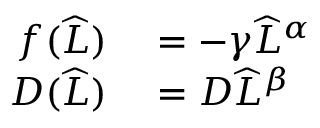
\begin{array} { r l } { f ( \widehat { L } ) } & { { } = - \gamma \widehat { L } ^ { \alpha } } \\ { D ( \widehat { L } ) } & { { } = D \widehat { L } ^ { \beta } } \end{array}